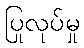
ပြုလုပ်မှု